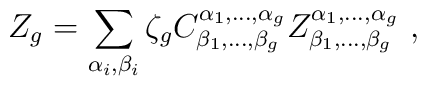
Z_g =\sum_{\alpha_i,\beta_i}  \zeta_g C^{\alpha_1,\dots,\alpha_g}_{\beta_1,\dots,\beta_g} Z^{\alpha_1,\dots,\alpha_g}_{\beta_1,\dots,\beta_g}~,